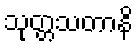
သုတ္တသတာနိ